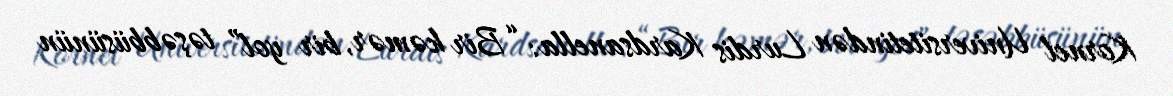
Kornel Universitetindən Lurdis Kardsanella: “Bir kəmər, bir yol” təşəbbüsünün